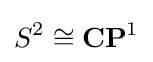
S^{2}\cong \mathbf {CP} ^{1}